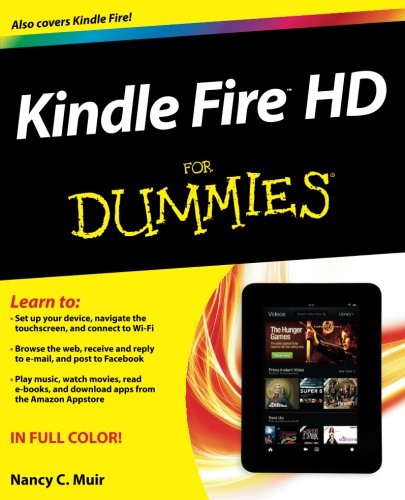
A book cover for Kindle Fire HD For Dummies; Nancy C. Muir; Computers & Technology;